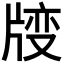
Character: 𱭝